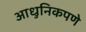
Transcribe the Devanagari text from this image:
आधुनिकपणे